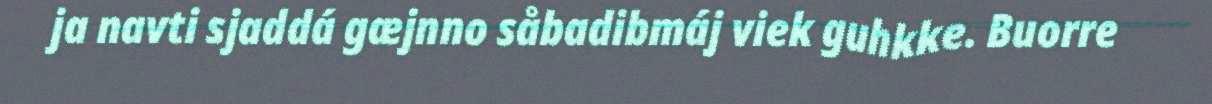
ja navti sjaddá gæjnno såbadibmáj viek guhkke. Buorre